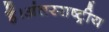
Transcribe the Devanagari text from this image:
हैं।अंतरराष्ट्रीय